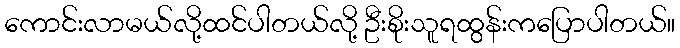
ကောင်းလာမယ်လို့ထင်ပါတယ်လို့ ဦးစိုးသူရထွန်းကပြောပါတယ်။